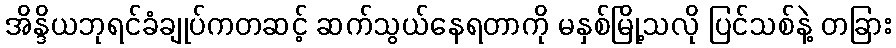
အိန္ဒိယဘုရင်ခံချုပ်ကတဆင့် ဆက်သွယ်နေရတာကို မနှစ်မြို့သလို ပြင်သစ်နဲ့ တခြား